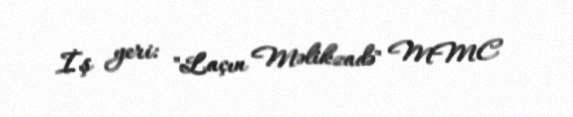
İş yeri: "Laçın Məlikzadə" MMC